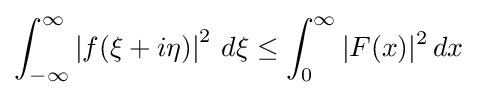
\int _{-\infty }^{\infty }\left|f(\xi +i\eta )\right|^{2}\,d\xi \leq \int _{0}^{\infty }|F(x)|^{2}\,dx